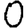
Digit: 0